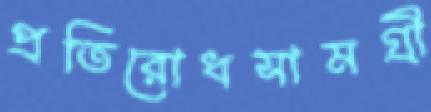
প্রতিরোধসামগ্রী